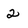
Character: 2